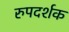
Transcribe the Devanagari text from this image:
रुपदर्शक